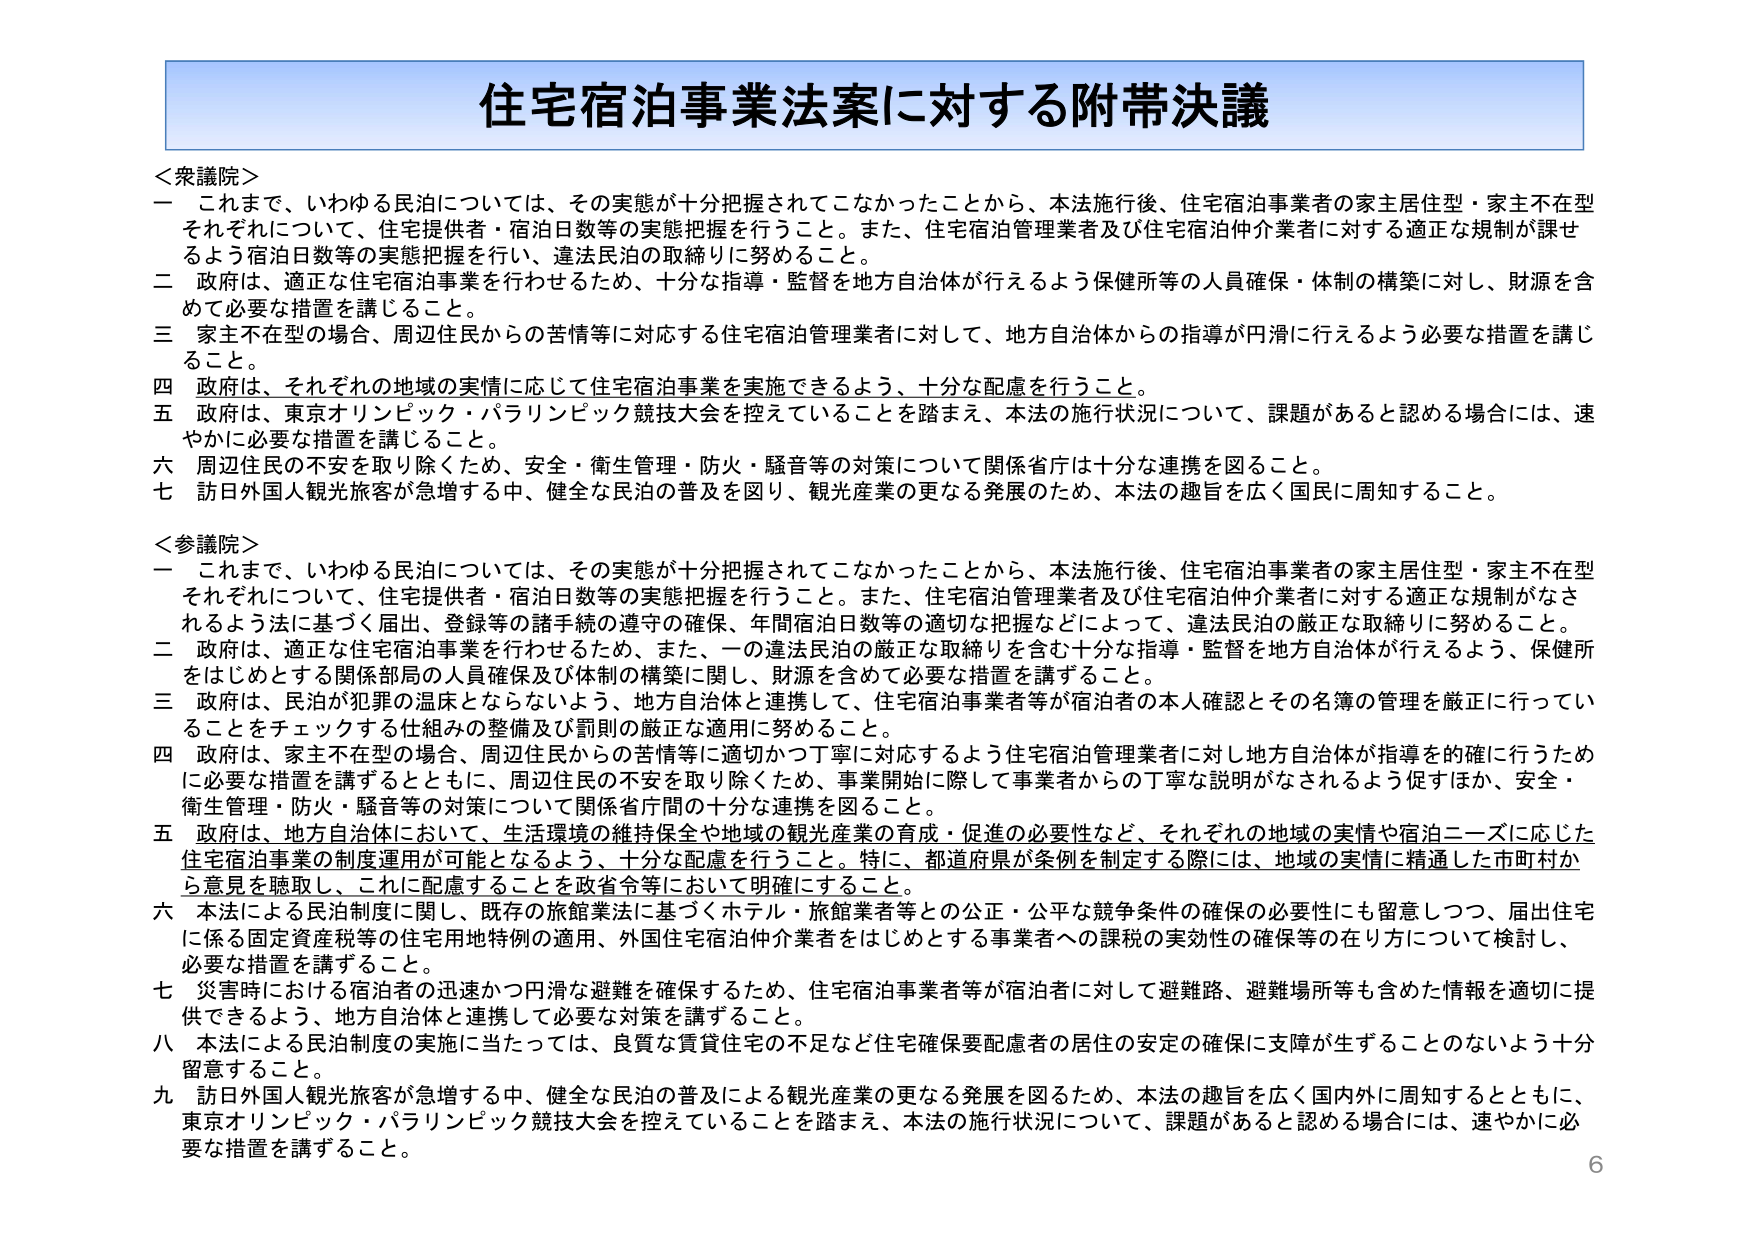
住宅宿泊事業法案に対する附帯決議

＜衆議院＞
一　これまで、いわゆる民泊については、その実態が十分把握されてこなかったことから、本法施行後、住宅宿泊事業者の家主居住型・家主不在型それぞれについて、住宅提供者・宿泊日数等の実態把握を行うこと。また、住宅宿泊管理業者及び住宅宿泊仲介業者に対する適正な規制が課せられるよう宿泊日数等の実態把握を行い、違法民泊の取締りに努めること。
二　政府は、適正な住宅宿泊事業を行わせるため、十分な指導・監督を地方自治体が行えるよう保健所等の人員確保・体制の構築に対し、財源を含めて必要な措置を講じること。
三　家主不在型の場合、周辺住民からの苦情等に対応する住宅宿泊管理業者に対して、地方自治体からの指導が円滑に行えるよう必要な措置を講じること。
四　政府は、それぞれの地域の実情に応じて住宅宿泊事業を実施できるよう、十分な配慮を行うこと。
五　政府は、東京オリンピック・パラリンピック競技大会を控えていることを踏まえ、本法の施行状況について、課題があると認める場合には、速やかに必要な措置を講じること。
六　周辺住民の不安を取り除くため、安全・衛生管理・防火・騒音等の対策について関係省庁は十分な連携を図ること。
七　訪日外国人観光旅客が急増する中、健全な民泊の普及を図り、観光産業の更なる発展のため、本法の趣旨を広く国民に周知すること。

＜参議院＞
一　これまで、いわゆる民泊については、その実態が十分把握されてこなかったことから、本法施行後、住宅宿泊事業者の家主居住型・家主不在型それぞれについて、住宅提供者・宿泊日数等の実態把握を行うこと。また、住宅宿泊管理業者及び住宅宿泊仲介業者に対する適正な規制がなされるよう法に基づく届出、登録等の諸手続の遵守の確保、年間宿泊日数等の適切な把握などによって、違法民泊の厳正な取締りに努めること。
二　政府は、適正な住宅宿泊事業を行わせるため、また、一の違法民泊の厳正な取締りを含む十分な指導・監督を地方自治体が行えるよう、保健所をはじめとする関係部局の人員確保及び体制の構築に関し、財源を含めて必要な措置を講ずること。
三　政府は、民泊が犯罪の温床とならないよう、地方自治体と連携して、住宅宿泊事業者等が宿泊者の本人確認とその名簿の管理を厳正に行っていることをチェックする仕組みの整備及び罰則の厳正な適用に努めること。
四　政府は、家主不在型の場合、周辺住民からの苦情等に適切かつ丁寧に対応するよう住宅宿泊管理業者に対し地方自治体が指導を的確に行うために必要な措置を講ずるとともに、周辺住民の不安を取り除くため、事業開始に際して事業者からの丁寧な説明がなされるよう促すほか、安全・衛生管理・防火・騒音等の対策について関係省庁間の十分な連携を図ること。
五　政府は、地方自治体において、生活環境の維持保全や地域の観光産業の育成・促進の必要性など、それぞれの地域の実情や宿泊ニーズに応じた住宅宿泊事業の制度運用が可能となるよう、十分な配慮を行うこと。特に、都道府県が条例を制定する際には、地域の実情に精通した市町村から意見を聴取し、これに配慮することを政省令等において明確にすること。
六　本法による民泊制度に関し、既存の旅館業法に基づくホテル・旅館業者等との公正・公平な競争条件の確保の必要性にも留意しつつ、届出住宅に係る固定資産税等の住宅用地特例の適用、外国住宅宿泊仲介業者をはじめとする事業者への課税の実効性の確保等の在り方について検討し、必要な措置を講ずること。
七　災害時における宿泊者の迅速かつ円滑な避難を確保するため、住宅宿泊事業者等が宿泊者に対して避難路、避難場所等も含めた情報を適切に提供できるよう、地方自治体と連携して必要な対策を講ずること。
八　本法による民泊制度の実施に当たっては、良質な賃貸住宅の不足など住宅確保要配慮者の居住の安定の確保に支障が生ずることのないよう十分留意すること。
九　訪日外国人観光旅客が急増する中、健全な民泊の普及による観光産業の更なる発展を図るため、本法の趣旨を広く国内外に周知するとともに、東京オリンピック・パラリンピック競技大会を控えていることを踏まえ、本法の施行状況について、課題があると認める場合には、速やかに必要な措置を講ずること。

6